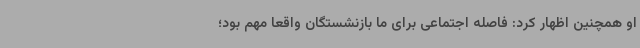
او همچنین اظهار کرد: فاصله اجتماعی برای ما بازنشستگان واقعا مهم بود؛